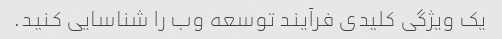
یک ویژگی کلیدی فرآیند توسعه وب را شناسایی کنید.